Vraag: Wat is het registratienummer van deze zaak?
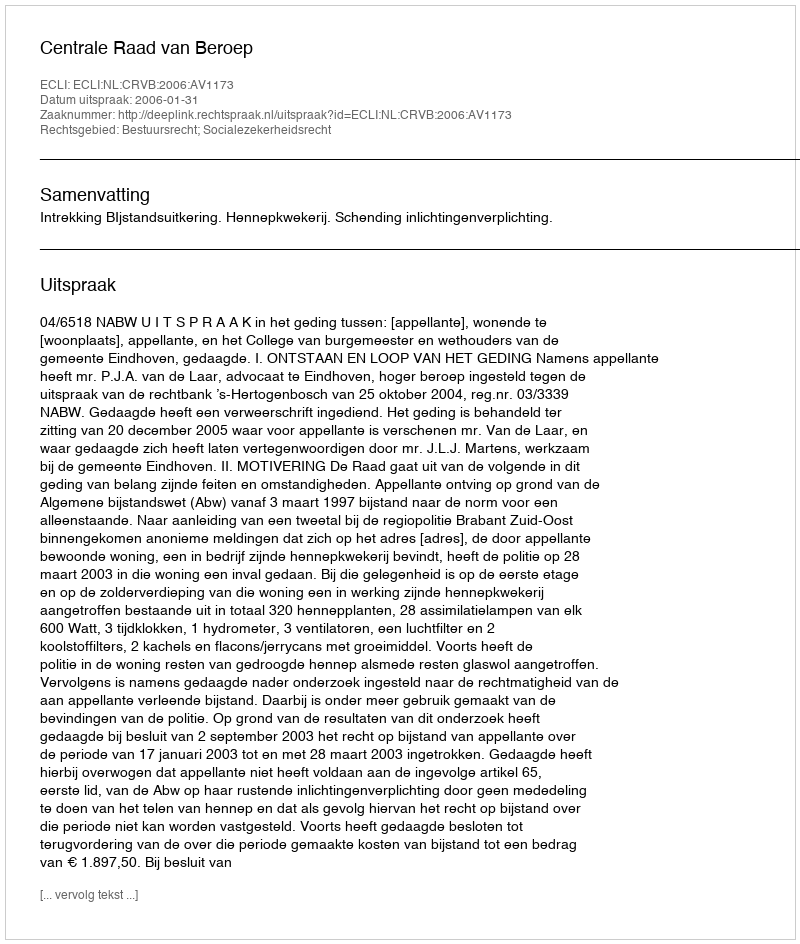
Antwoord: http://deeplink.rechtspraak.nl/uitspraak?id=ECLI:NL:CRVB:2006:AV1173